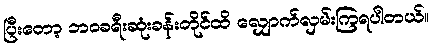
ပြီးတော့ ဘဝခရီးဆုံးခန်းတိုင်ထိ လျှောက်လှမ်းကြရပါတယ်။